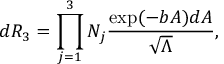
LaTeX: d R _ { 3 } = \prod _ { j = 1 } ^ { 3 } N _ { j } \frac { \exp ( - b { \cal A } ) d { \cal A } } { \sqrt { \Lambda } } ,